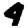
Digit: 4